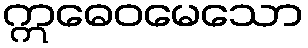
ဣဓေဝမေသော